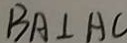
B A \bot A C